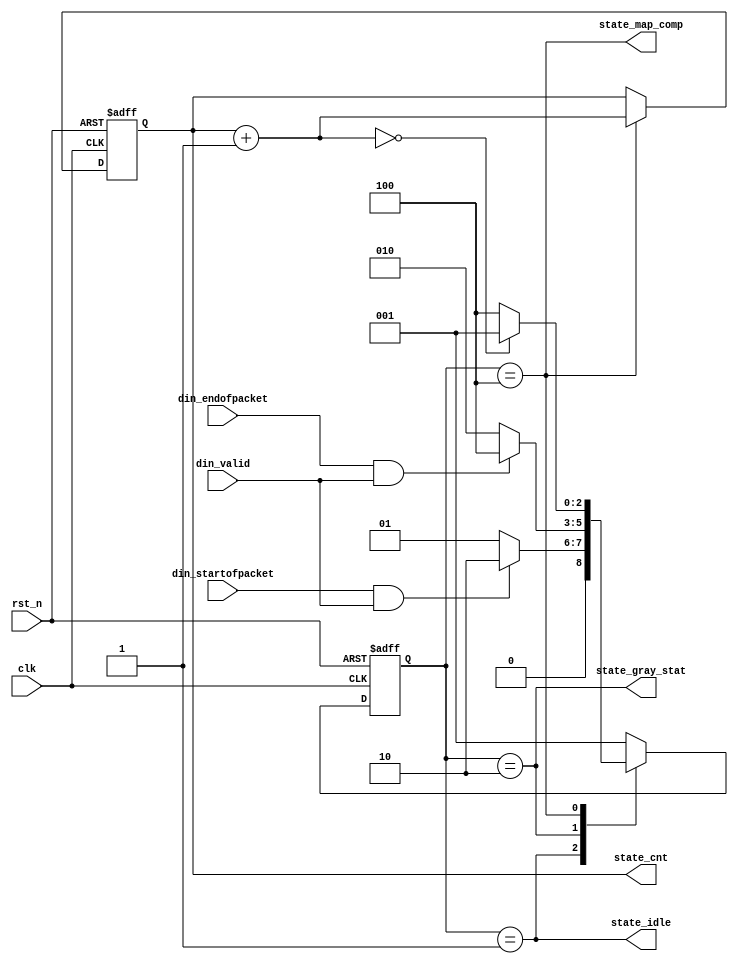
module GB_state(
	clk,rst_n,
	din_valid,
	din_startofpacket,din_endofpacket,
	state_idle,state_gray_stat,
	state_map_comp,state_cnt
);

parameter	DIN_WIDTH = 14;

input		clk,rst_n;
input		din_valid;
input		din_startofpacket,din_endofpacket;

output	state_idle,state_gray_stat,state_map_comp;
output	[DIN_WIDTH-1:0]	state_cnt;

reg		[DIN_WIDTH-1:0]	cnt;
wire		[DIN_WIDTH-1:0]	cnt_add;

reg		[2:0]	state,n_state;

localparam	IDLE = 3'b001;
localparam	GRAY_STAT = 3'b010;
localparam	MAP_COMP = 3'b100;

assign cnt_add = cnt + 'd1;

assign state_idle = state==IDLE;
assign state_gray_stat = state==GRAY_STAT;
assign state_map_comp = state==MAP_COMP;
assign state_cnt = cnt;

always @(posedge clk or negedge rst_n)
begin
	if(!rst_n)
		state <= IDLE;
	else
		state <= n_state;
end

always @(din_valid or din_startofpacket or din_endofpacket or cnt_add)
begin
	case(state)
	IDLE:			n_state = (din_startofpacket & din_valid) ? GRAY_STAT : IDLE;
	GRAY_STAT:	n_state = (din_endofpacket & din_valid) ? MAP_COMP : GRAY_STAT;
	MAP_COMP:	n_state = (cnt_add=='d0) ? IDLE : MAP_COMP;
	default:		n_state = IDLE;
	endcase
end

always @(posedge clk or negedge rst_n)
begin
	if(!rst_n)
		cnt <= 'd0;
	else if(state==MAP_COMP)
		cnt <= cnt_add;
end

endmodule